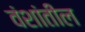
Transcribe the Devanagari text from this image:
वंशांतील